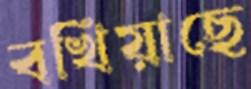
বখিয়াছে